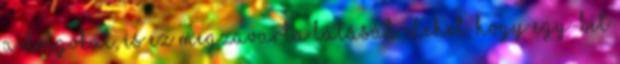
a dolgokat, és ez megzavarta látását. Lehet, hogy egy-két